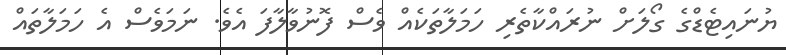
ޔުނައިޓެޑްގެ ގޯލަށް ނުރައްކާތެރި ހަމަލާތަކެއް ވެސް ފޮނުވާލާފަ އެވެ. ނަމަވެސް އެ ހަމަލާތައް